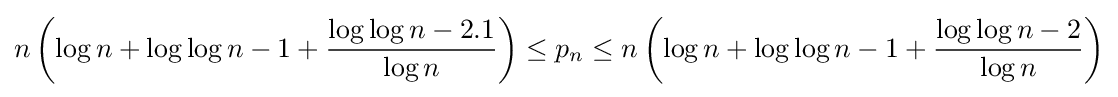
n\left(\log n+\log \log n-1+{\frac {\log \log n-2.1}{\log n}}\right)\leq p_{n}\leq n\left(\log n+\log \log n-1+{\frac {\log \log n-2}{\log n}}\right)